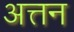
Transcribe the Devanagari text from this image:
अत्तन